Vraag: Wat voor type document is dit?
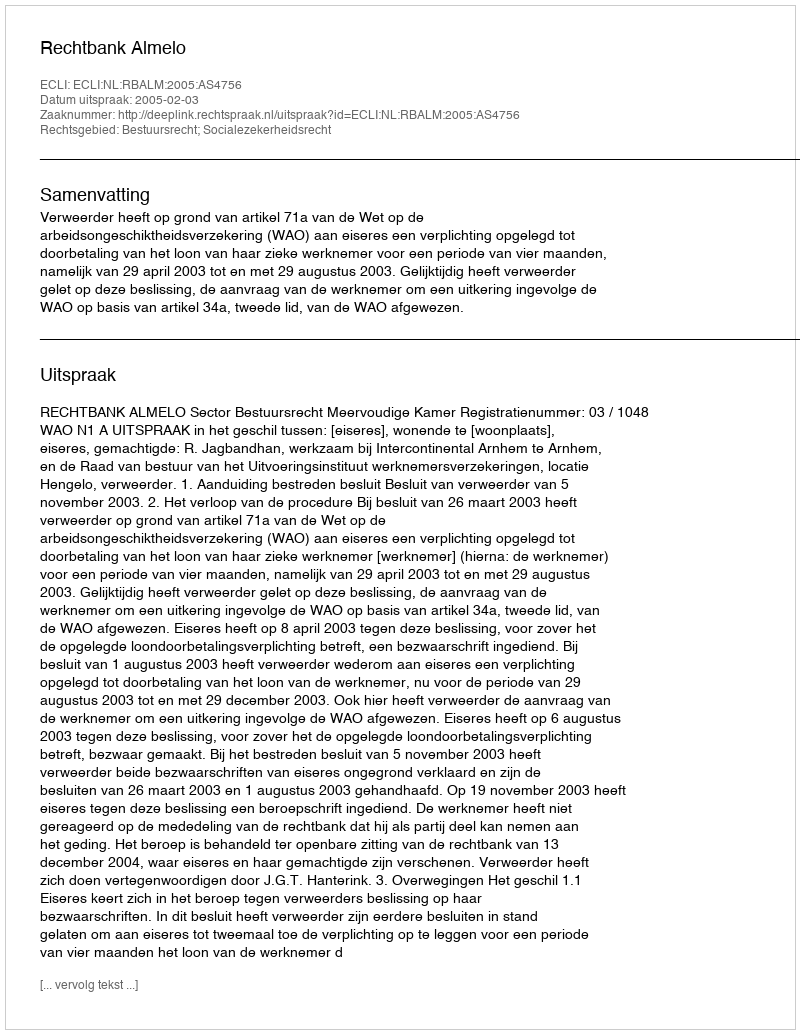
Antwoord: Uitspraak